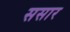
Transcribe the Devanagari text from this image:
ससार